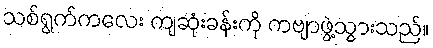
သစ်ရွက်ကလေး ကျဆုံးခန်းကို ကဗျာဖွဲ့သွားသည်။